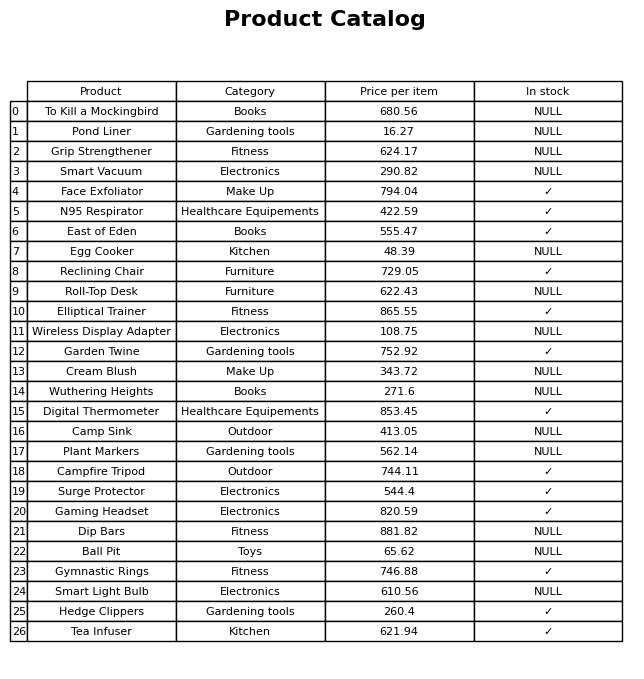
question: Is the Face Exfoliator in stock?
answer: ✓